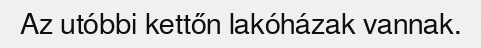
Az utóbbi kettőn lakóházak vannak.